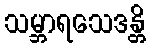
သမ္ဘာရသေဒန္တိ